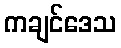
ကချင်ဒေသ